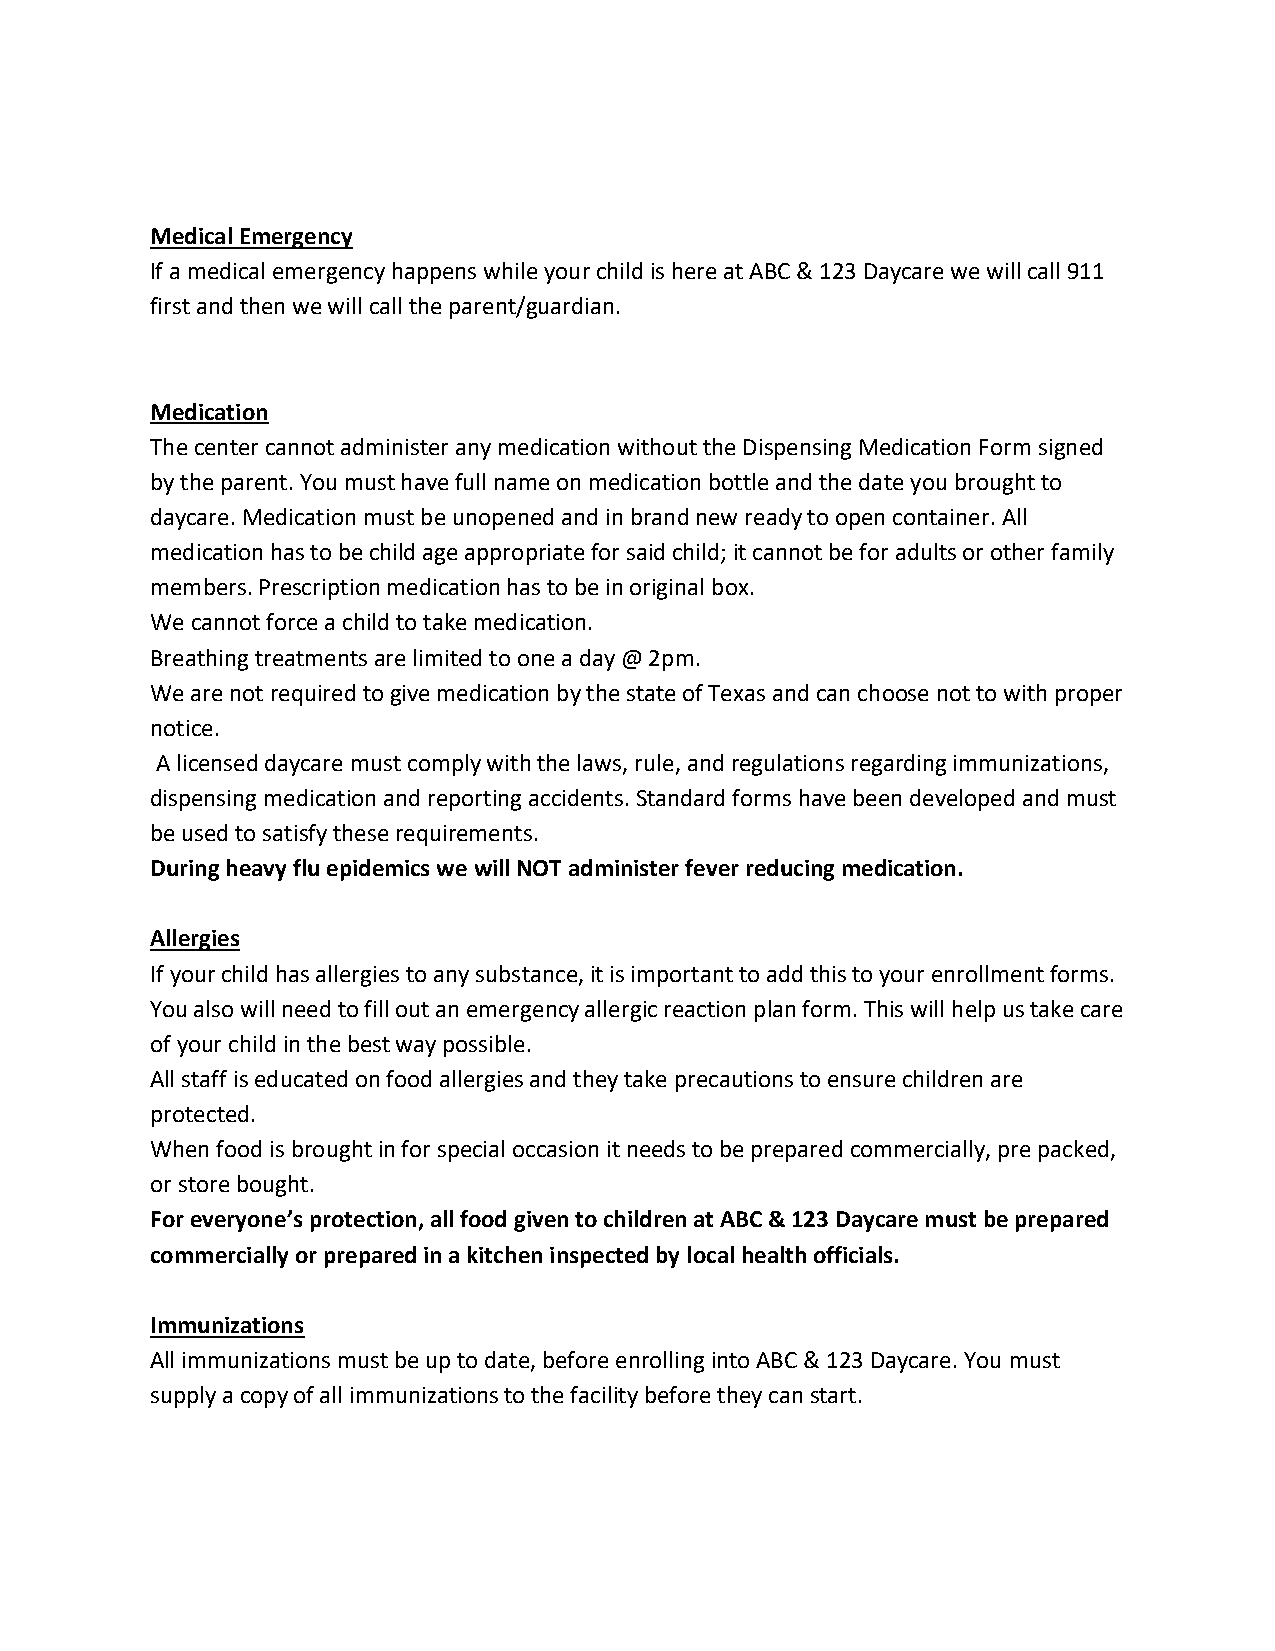
Medical Emergency
 If a medical emergency happens while your child is here at ABC & 123 Daycare we will call 911
 first and then we will call the parent/guardian.
 Medication
 The center cannot administer any medication without the Dispensing Medication Form signed
 by the parent. You must have full name on medication bottle and the date you brought to
 daycare. Medication must be unopened and in brand new ready to open container. All
 medication has to be child age appropriate for said child; it cannot be for adults or other family
 members. Prescription medication has to be in original box.
 We cannot force a child to take medication.
 Breathing treatments are limited to one a day @ 2pm.
 We are not required to give medication by the state of Texas and can choose not to with proper
 notice.
 A licensed daycare must comply with the laws, rule, and regulations regarding immunizations,
 dispensing medication and reporting accidents. Standard forms have been developed and must
 be used to satisfy these requirements.
 During heavy flu epidemics we will NOT administer fever reducing medication.
 Allergies
 If your child has allergies to any substance, it is important to add this to your enrollment forms.
 You also will need to fill out an emergency allergic reaction plan form. This will help us take care
 of your child in the best way possible.
 All staff is educated on food allergies and they take precautions to ensure children are
 protected.
 When food is brought in for special occasion it needs to be prepared commercially, pre packed,
 or store bought.
 For everyone’s protection, all food given to children at ABC & 123 Daycare must be prepared
 commercially or prepared in a kitchen inspected by local health officials.
 Immunizations
 All immunizations must be up to date, before enrolling into ABC & 123 Daycare. You must
 supply a copy of all immunizations to the facility before they can start.